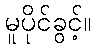
မူပိုင်ခွင့်။